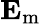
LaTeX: \mathbf{E}_{\mathrm{m}}